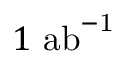
1 ~ \mathrm { { a b } ^ { - 1 } }